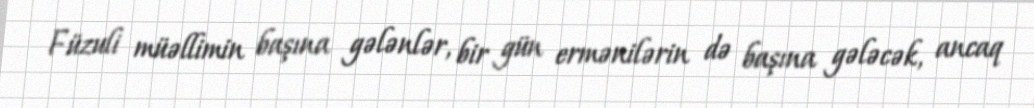
Füzuli müəllimin başına gələnlər, bir gün ermənilərin də başına gələcək, ancaq